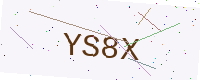
Text: YS8X